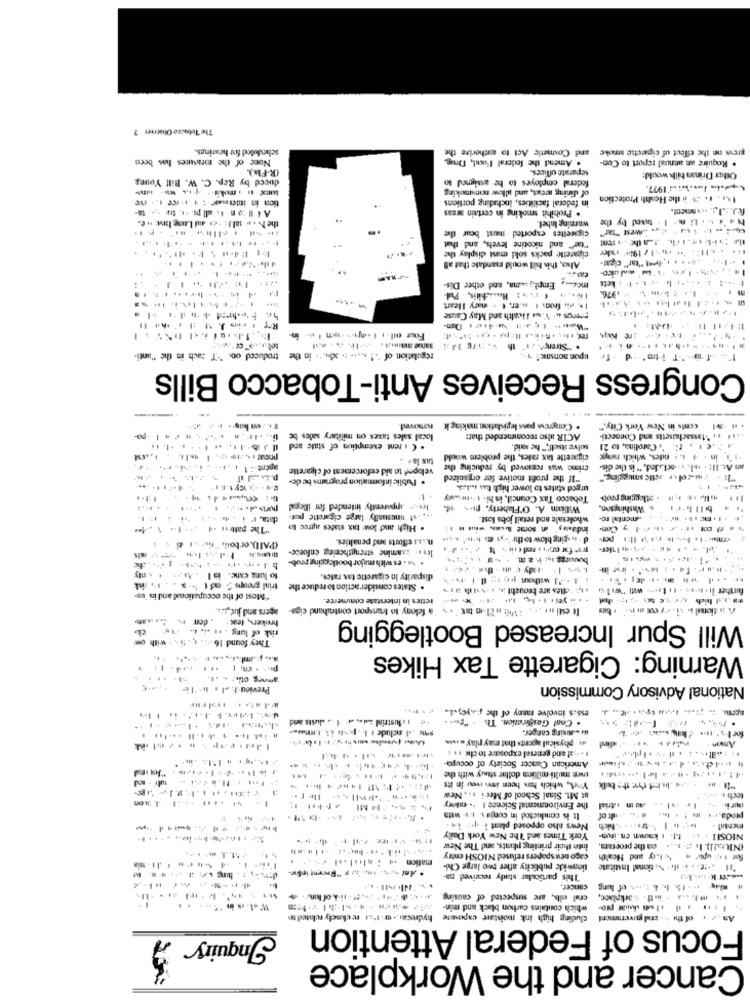
The Tobacco Observer 7
scheduled for hearings.
and Cosmetic Act to authorize the
gress on the effect of cigarette smoke
None of the measures has been
. Amend the federal Food, Drag
. Require an annual report to Con-
(R-FI).
separate offices.
duced by Rep. C. W. Bill Young
federal employes to be assigned to
Other Drinan bilk would:
----
of dining wees, and allow nonsmoking
4.t. J.1977.
SCHDe . , mokir --
in federal facilities, including portions
1.1. 1. 2 . the Health Protection
. Prohibit smoking in certain areas
the New sallz - es and Lung lane . e.
Na's . . Und I. taxed by the
cigarettes exported mest bear the
warning Inbel.
"tag" and nicotine levels, and that
cigarette packs sold must display the
.. . ... . ... 1/19; rer
Also, this bill would mandate that all
Emphysema, and other Dis-
. .. .... . . kets
I .... . . Butitis Pul-
Chom 1 976.
m
1 k pi from I .. e. t . muy Heart
AMPUS i. V.o. Ilcalth and May Cause
13-M:
7:4-11
. "Strenge. 21" th v. hurg )2
troduced on "T cach in the "unti.
regulation of " .! ..... .. su ... in the
upon nonsnk :
Congress Receives Anti-Tobacco Bills
removed.
. Congress poss legislation making it
conts in New York City."
.po-
local sales taxes on military sales be
ACIR also recommended that:
.... .. * fassachusetts and Connecti-
. Cirent exemption of state and
sulve itself"," he said.
Carolina, to 21
tax lae .
cigacette tax rates, the problem would
-r's in . 4 1 miles, which range
veloped to aid enforcement of cigarette
Crime was renkwed by reducing the
an AcIl . pl: ... ocluded, " is the dis-
. Public information programs be de-
"If the profit motive for organized
urged startes to lower high tux ... l. A.
Tobacco Tax Council, in hi- 1-twwwy
will ws is - atlogging prob-
Ins-> apparently intended for illegal
Willie A. O'Flaherty, pros it.
. Washington,
data, r i . -. : 5 1
... . if unusually large cigarette pur-
wholesale and retail jobs lost.
mental ro-
"The palb .4 .- 1-
. High and low tax states agree to
indasky" in some -- - i . .
n. L.I efforts and penalties.
dningbbwtothe -. bl'
(PAID. or bon.""Ge , di . .
les .- = xamine strengthening enforce-
. .. es with major bootlogging prob-
to lura canc. il . ... . - nty
disparity in cigarette tax rates.
....-. -.......
trial groups 3 0ft ".s . . I. risk
he
. States consider action to reduce
. 12. etles are brouchl >. . .. ih #1
further il tsss - 1 ( .--- will "wil ..
""Most of the occupationad and in 'us-
rettes in interstate commerce.
----------
agers and jut .a.
It esti art . . . : 100 miT-in tax ". - a felony to transport contraband ciga-
A ational & 11. Py oot mnie . bas
broker\, tear
Will Spur Increased Bootlegging
ck-
risk of lung . .. .. ... 1
They found 16 ... 1 . 5 - - with ow
Warning: Cigarette Tax Hikes
amnes othe. . . .
Previou 1. al . b. le
National Advisory Commission
e55.$ involve manny of the rye ,. t.
i dustrial -sa. . . .. Justs and
. Coal GasiGration. Th. . "Por. .
w .Jusing canger.
-
mi physical agents that may play an
1 .. "af and general exposure to dx 1 ;
--- died
Anion .
American Cancer Society of occupa-
own multi-million dollar stavy with the
York, which has been invervey in its
at Mt. Sinai School of Meri .,, New
toch .. ....
-
the Environmental Science I .- matory
-a0 in nitrial
It is comhictod in conjay. 1.4- with
News also opposed plaat i ... i4-
Bey'in | 5tre .. . schich
York Times and The New York Daily
1.1. 1 knon en.inom-
NIOSE ...
into their printing pliats, and The New
(NIUS!) I. # 1 ... ca the procters.
mation +4 . ale .el de
capo newspapers refused NIOSH entry
4 1.ty and Health
· Ani - 0, 20 "Revent infor-
tionwide publicity after two large Chi-
"Il ... . i. il . \; tionad Institute
This particular stady received na-
cancer.
** * 1% 1, 4 1,5% of lung
eral oils, are suspected of causing
which contains carbon black and min-
cluding high ink moistare cxposte hydrocar .. @.I.s recksely rechted so
of the >. cral government
An
Focus of Federal Attention
Inquiry
Cancer and the Workplace